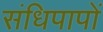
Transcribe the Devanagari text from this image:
संधिपापों